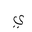
Letter: _ya